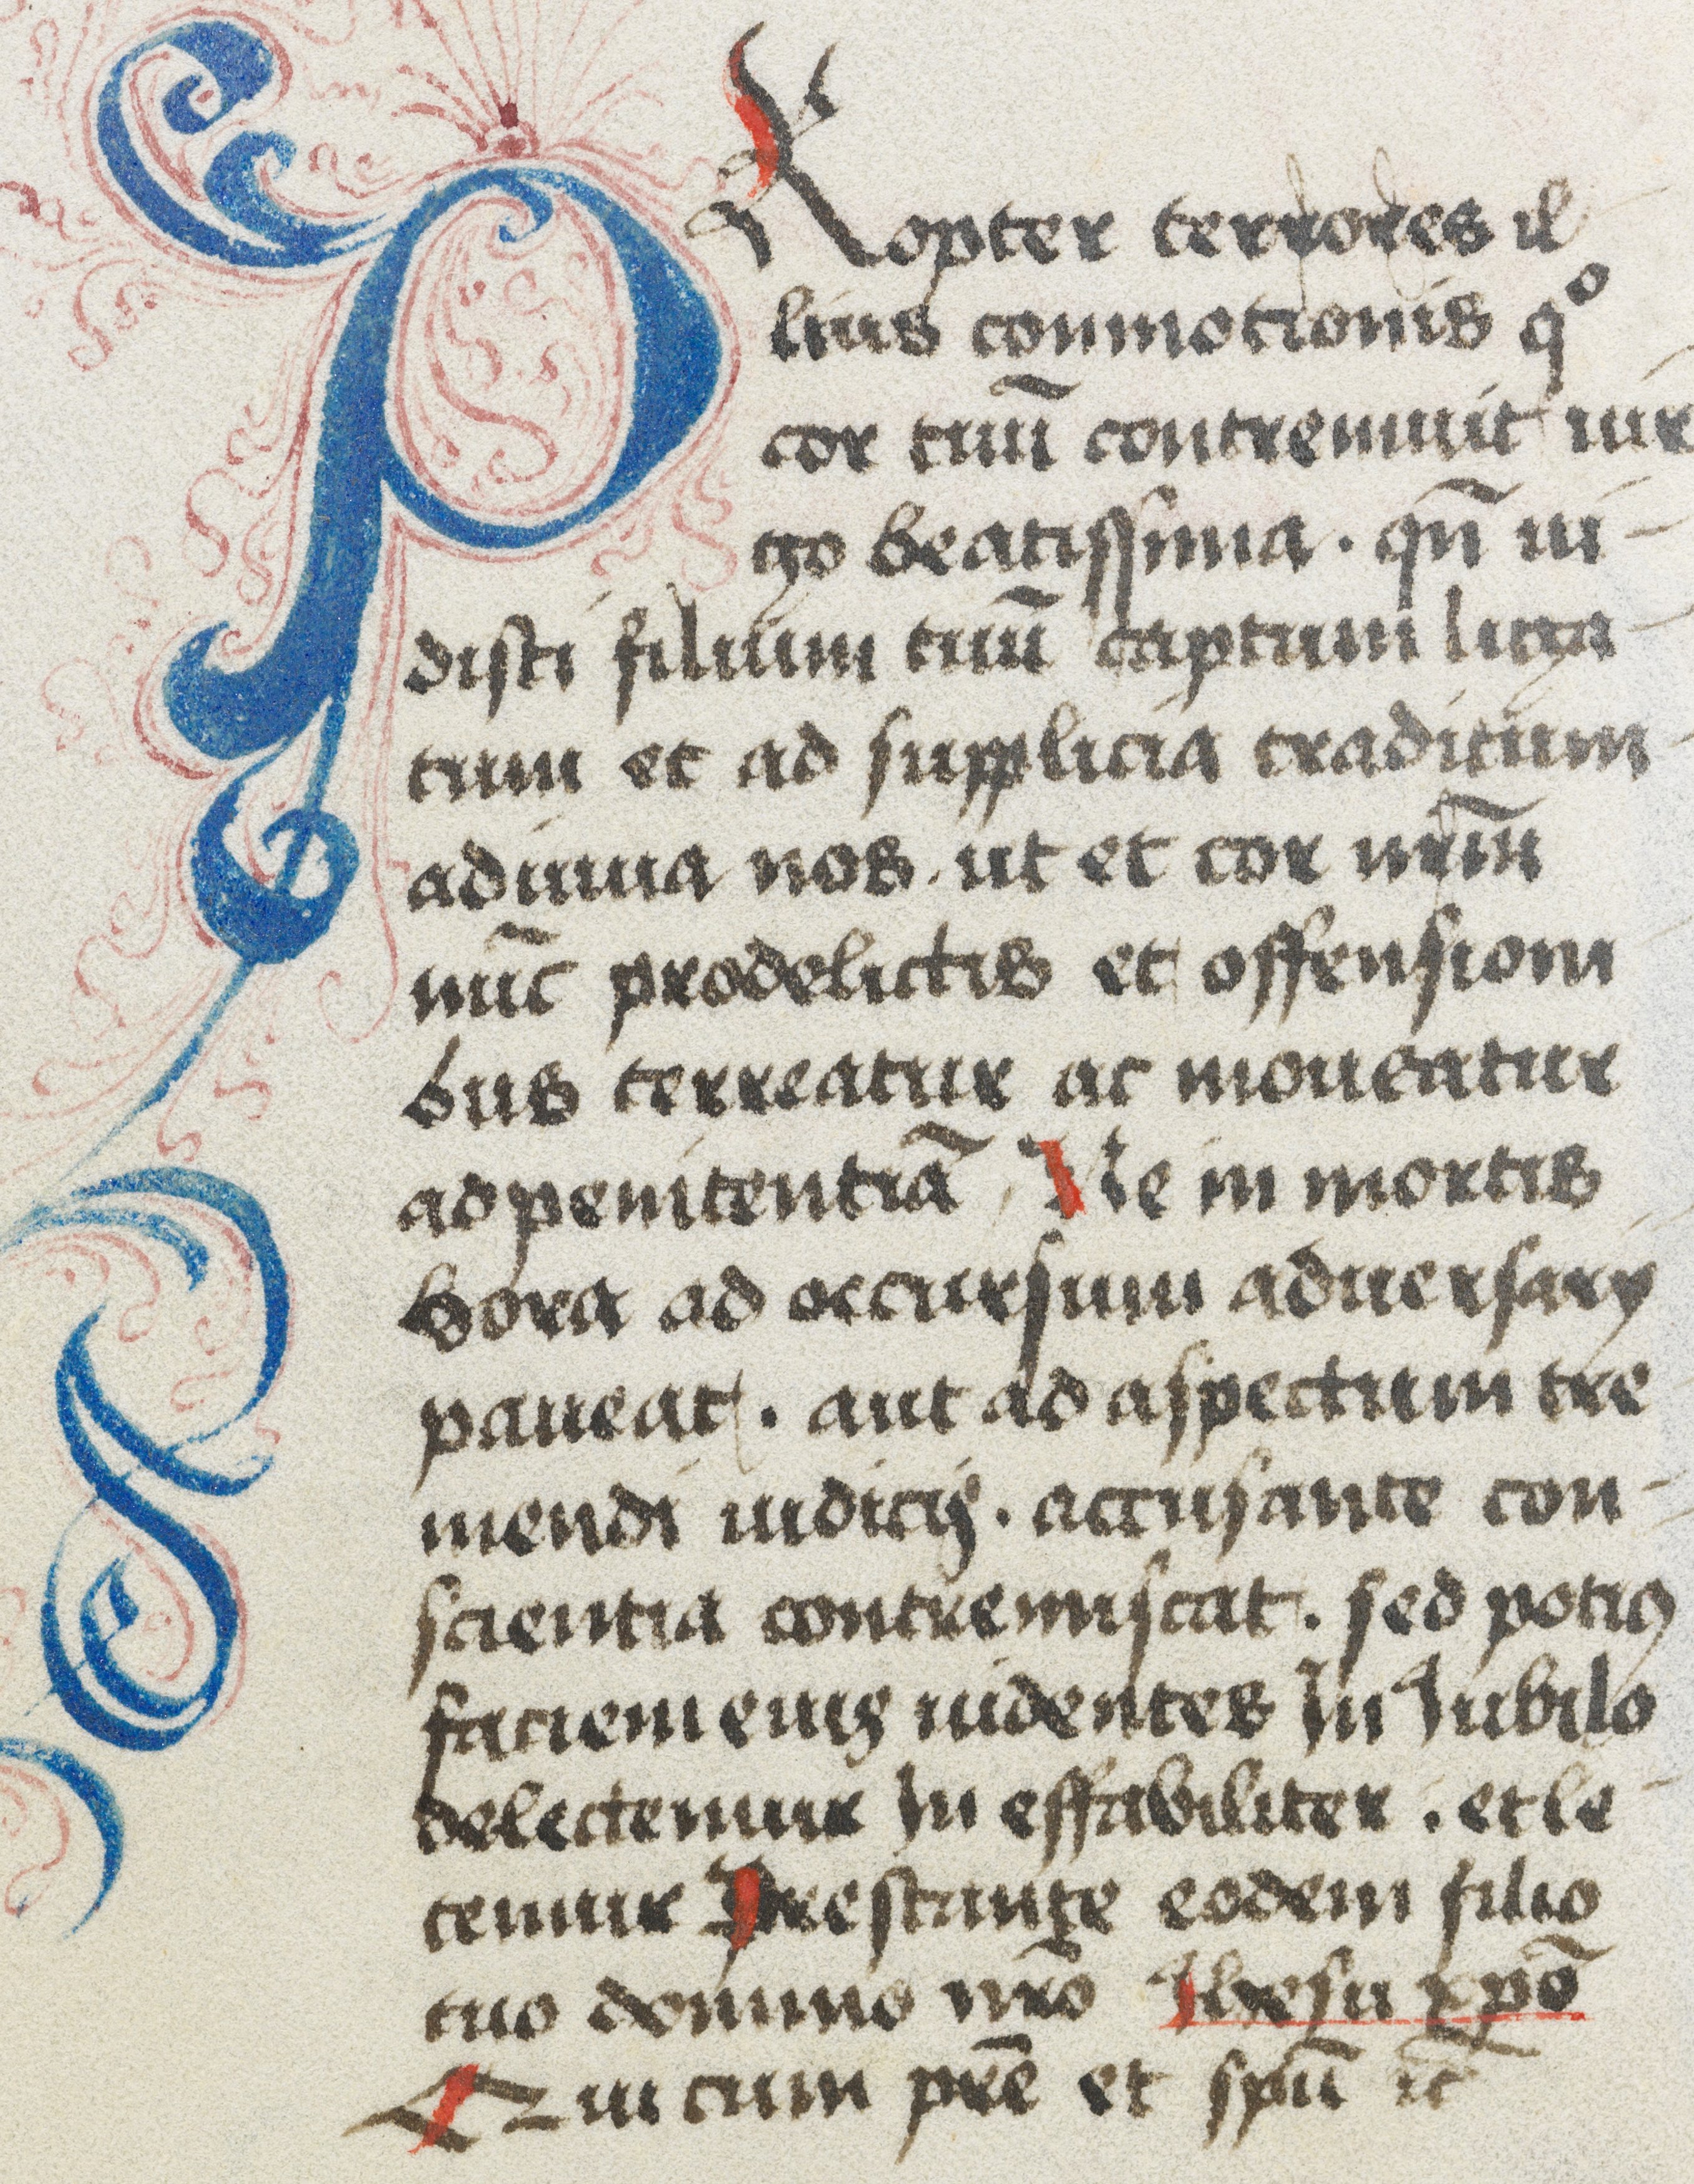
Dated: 1480–1480